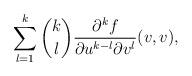
LaTeX: \begin{align*} \sum_{l=1}^k\binom{k}{l}\frac{\partial^kf}{\partial u^{k-l}\partial v^l}(v,v),\end{align*}